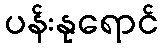
ပန်းနုရောင်